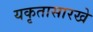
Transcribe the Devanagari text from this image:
यकृतासारखे